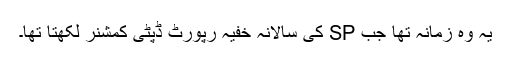
یہ وہ زمانہ تھا جب SP کی سالانہ خفیہ رپورٹ ڈپٹی کمشنر لکھتا تھا۔